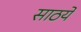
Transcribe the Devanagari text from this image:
साठये